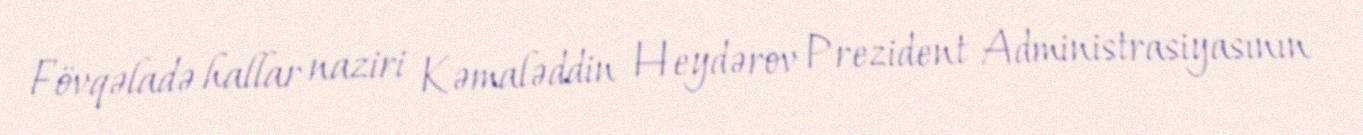
Fövqəladə hallar naziri Kəmaləddin Heydərov Prezident Administrasiyasının